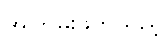
အကြမ်းဖက်သည့်